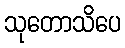
သုတောသိပေ